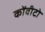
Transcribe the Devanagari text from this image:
कोंवीटो